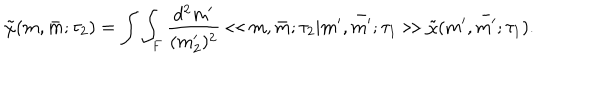
\tilde { \chi } ( m , \bar { m } ; \tau _ { 2 } ) = \int \int _ { F } \frac { d ^ { 2 } m ^ { \prime } } { ( m _ { 2 } ^ { \prime } ) ^ { 2 } } \ll m , \bar { m } ; \tau _ { 2 } | m ^ { \prime } , \bar { m ^ { \prime } } ; \tau _ { 1 } \gg \tilde { \chi } ( m ^ { \prime } , \bar { m ^ { \prime } } ; \tau _ { 1 } ) .